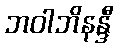
ဘဝါဘိနန္ဒီ